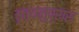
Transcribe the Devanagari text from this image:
वृत्यनुप्रास